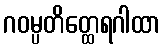
ဂဝမ္ပတိတ္ထေရဂါထာ